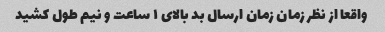
واقعا از نظر زمان زمان ارسال بد بالای ۱ ساعت و نیم طول کشید